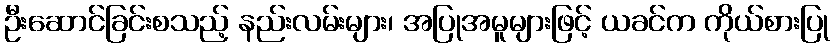
ဦးဆောင်ခြင်းစသည့် နည်းလမ်းများ၊ အပြုအမူများဖြင့် ယခင်က ကိုယ်စားပြု